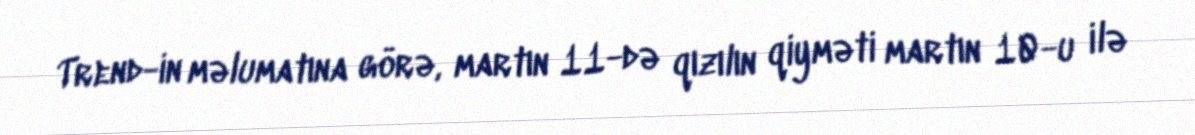
Trend-in məlumatına görə, martın 11-də qızılın qiyməti martın 10-u ilə